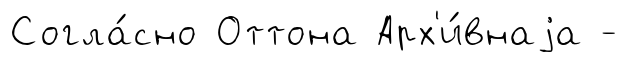
Согла́сно Оттона Арх'и́внаjа -